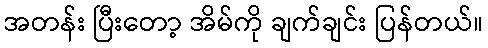
အတန်း ပြီးတော့ အိမ်ကို ချက်ချင်း ပြန်တယ်။